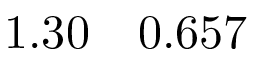
1 . 3 0 \quad 0 . 6 5 7